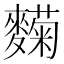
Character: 𬹄